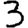
Digit: 3